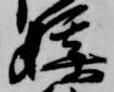
媒